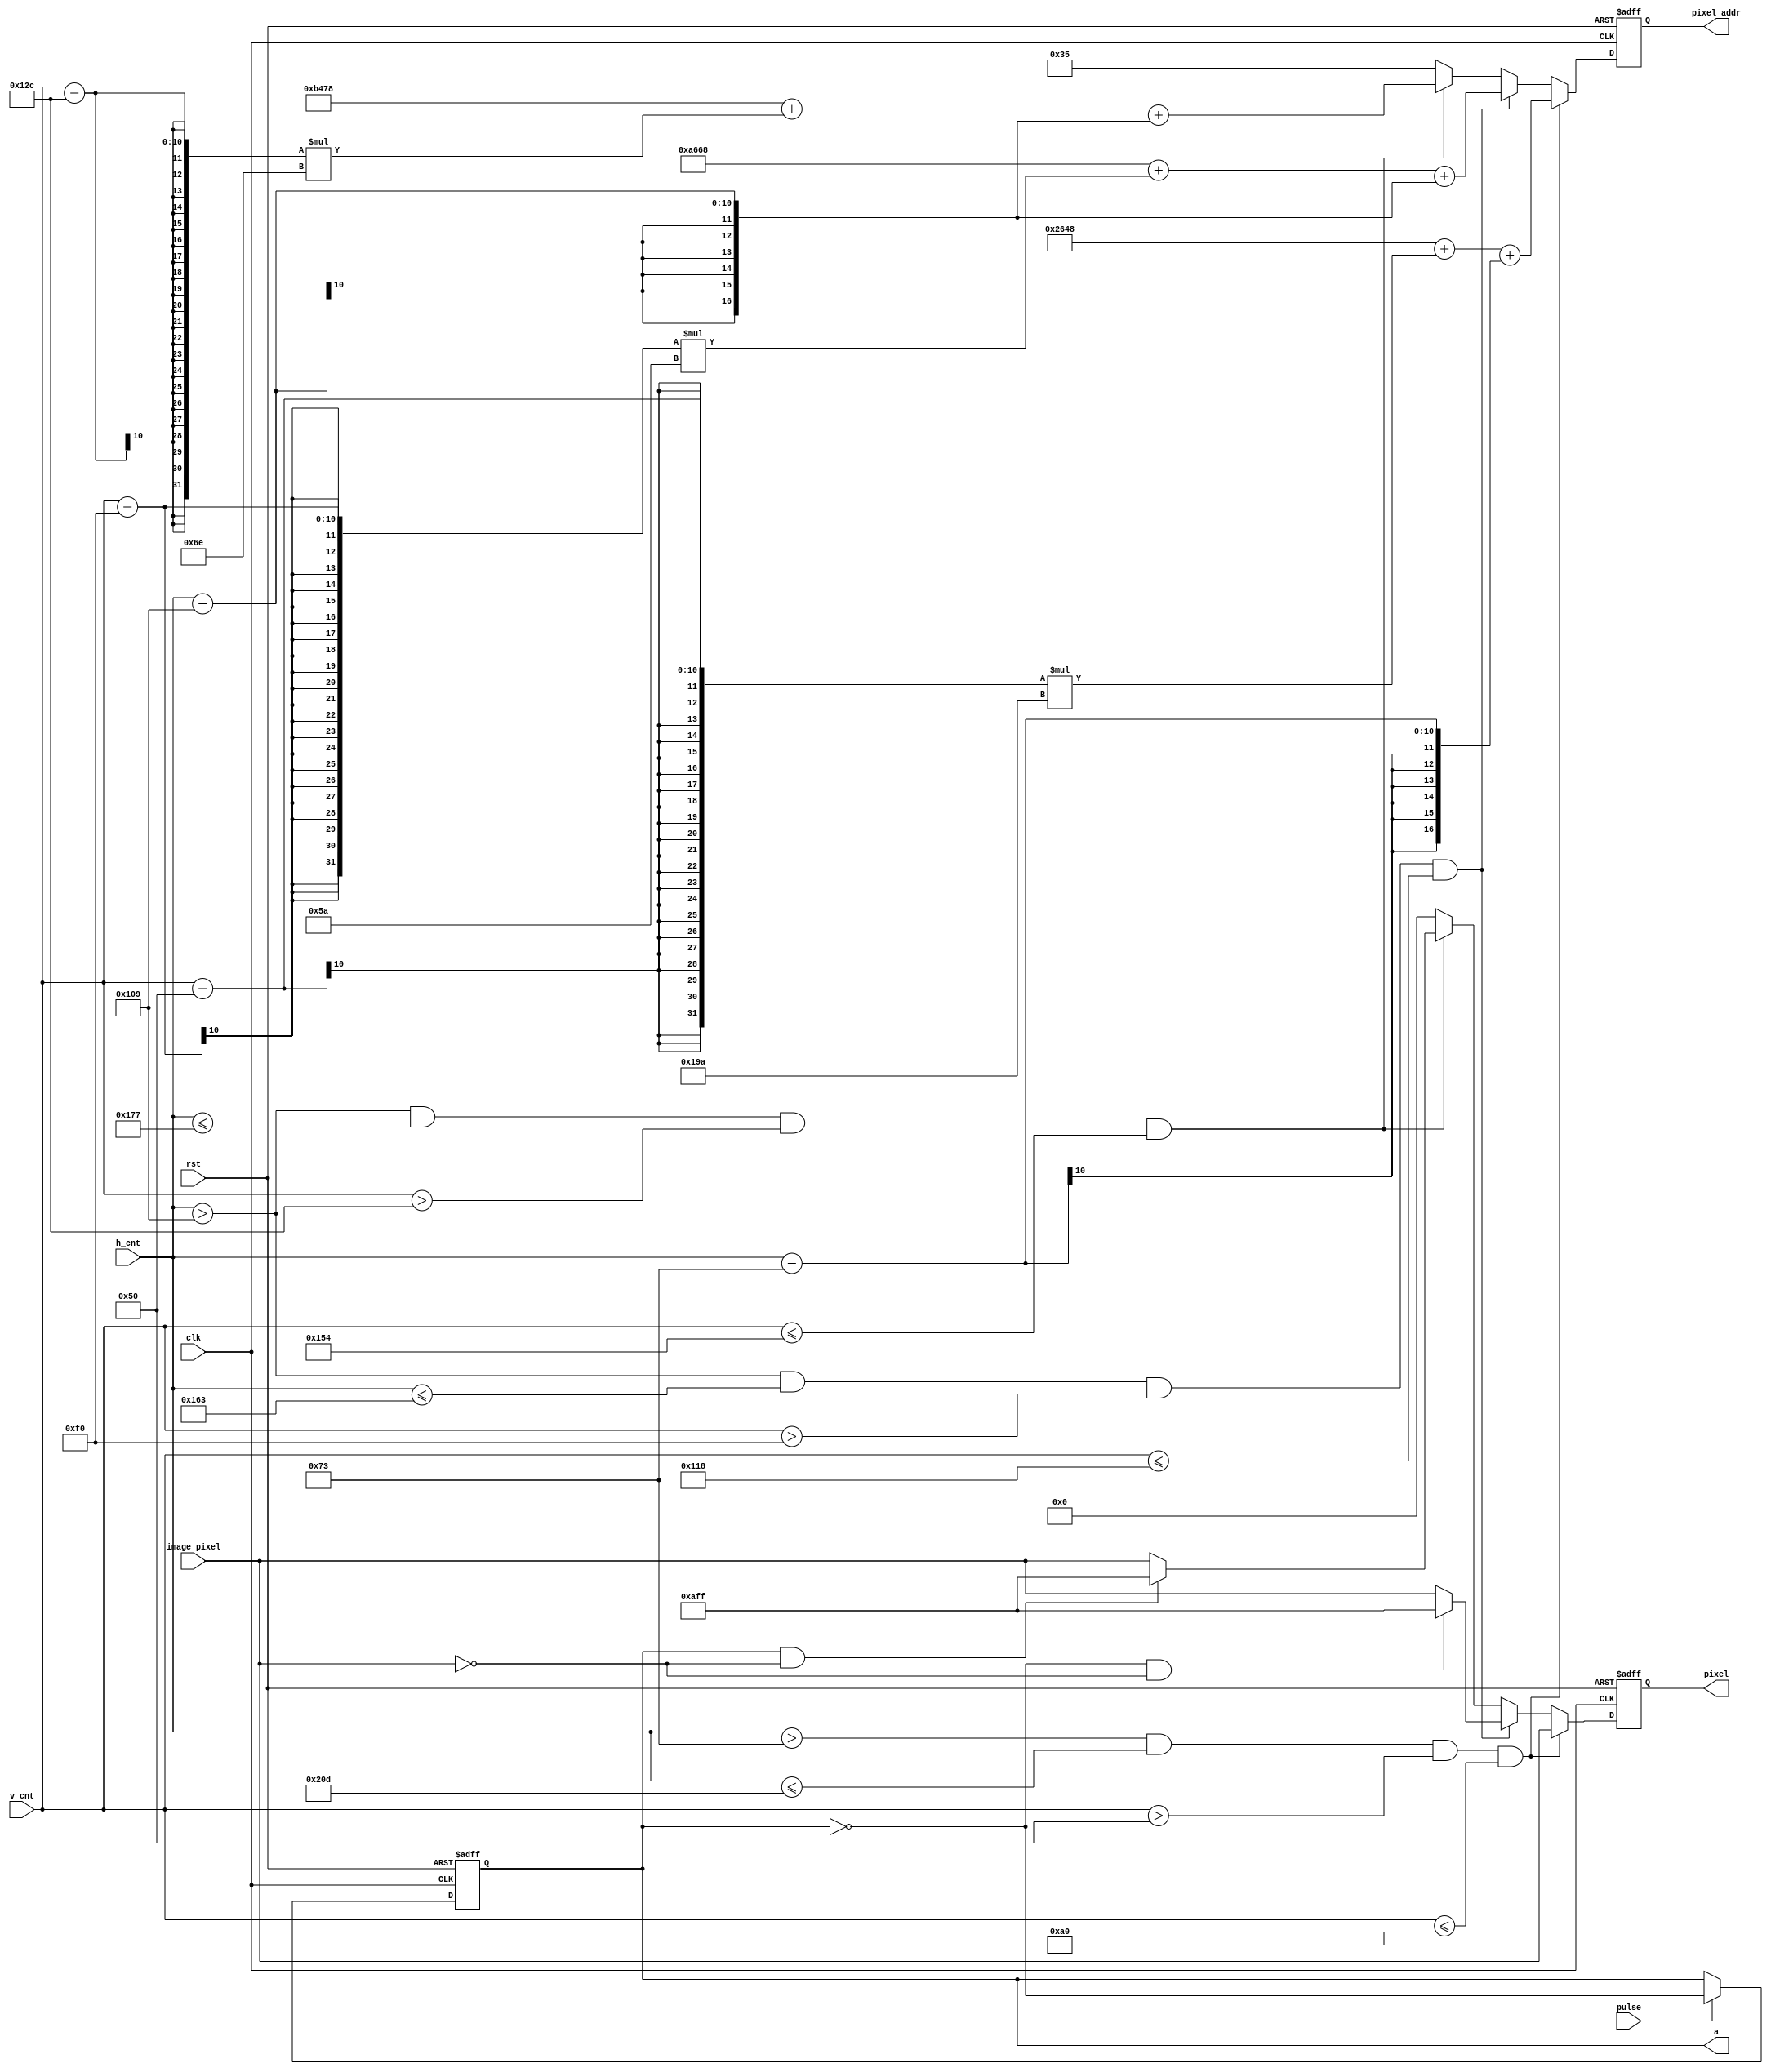
module pixel_title(
  input [9:0] h_cnt,
  input [9:0] v_cnt,
  input clk,
  input rst,
  input pulse,
  input [11:0]image_pixel,
  output reg [16:0] pixel_addr,
  output reg [11:0]pixel,
  output reg a
);
    reg [16:0] pixel_addr_temp;
    reg [11:0]pixel_temp;
	reg a_temp;
	
	always@*
	   if (pulse) a_temp = ~a;
	   else a_temp = a;
    always@(posedge clk or posedge rst)
       if (rst) a <= 0;
       else a<= a_temp;
           	
	always@* // addr
	   if( h_cnt > (80+35) && h_cnt <= (80+445) && v_cnt > 80 && v_cnt <= 160)
			pixel_addr_temp = 9800 + (v_cnt-(80))*410+(h_cnt-(80+35));
        else if( h_cnt > 265 && h_cnt <= 355 && v_cnt > 240 && v_cnt <= 280)
            pixel_addr_temp = 42600 + (v_cnt-240)*90+(h_cnt-265);
        else if( h_cnt > 265 && h_cnt <= 375 && v_cnt > 300 && v_cnt <= 340)
            pixel_addr_temp = 46200 + (v_cnt-300)*110+(h_cnt-265);
		else pixel_addr_temp = 53;    
    always@(posedge clk or posedge rst)
        if (rst) pixel_addr <= 0;
        else pixel_addr <= pixel_addr_temp;
        
     always@* // pixel
        if( h_cnt > (80+35) && h_cnt <= (80+445) && v_cnt > 80 && v_cnt <= 160) pixel_temp = image_pixel;
        else if( h_cnt > 265 && h_cnt <= 355 && v_cnt > 240 && v_cnt <= 280)
            if (~a && image_pixel == 0) pixel_temp = 12'hAFF;
            else pixel_temp = image_pixel;
        else if( h_cnt > 265 && h_cnt <= 375 && v_cnt > 300 && v_cnt <= 340)
            if (a && image_pixel == 0) pixel_temp = 12'hAFF;
            else pixel_temp = image_pixel;
        else pixel_temp = 0;
    always@(posedge clk or posedge rst)
        if (rst) pixel <= 0;
        else pixel <= pixel_temp;    
                  
endmodule